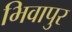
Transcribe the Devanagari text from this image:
भिवापुर